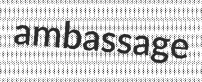
ambassage